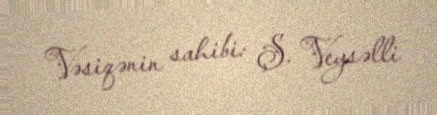
Vəsiqənin sahibi: Ş. Veysəlli